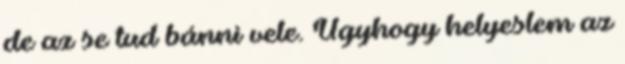
de az se tud bánni vele. Úgyhogy helyeslem az